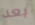
بعد